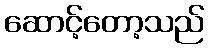
ဆောင့်တော့သည်